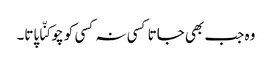
وہ جب بھی جاتا کسی نہ کسی کو چوکنّا پاتا۔